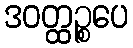
ဒဝတ္ထဉ္စပေ